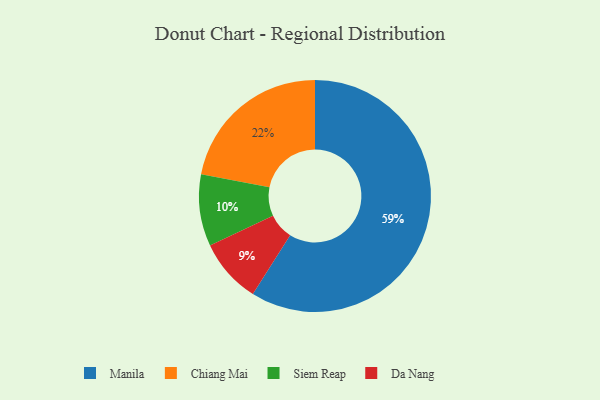
{"axis": {"x": "Category", "y": "Percentage"}, "legend": ["Chiang Mai", "Da Nang", "Manila", "Siem Reap"], "data": [{"x": "Chiang Mai", "y": 22, "type": "Chiang Mai"}, {"x": "Da Nang", "y": 9, "type": "Da Nang"}, {"x": "Siem Reap", "y": 10, "type": "Siem Reap"}, {"x": "Manila", "y": 59, "type": "Manila"}]}